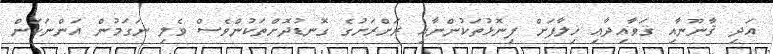
އަދި ޤާނޫނާއި ޤަވާއިދާއި ޚިލާފަށް ފިނޮޅުތަކުންނާއި ރަށްރަށުގެ ގޮނޑުދޮށްތަކުންވެސް ވެލި ނަގަމުން އަންނަކަން